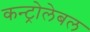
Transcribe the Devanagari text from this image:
कन्ट्रोलेबल